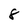
Character: 8